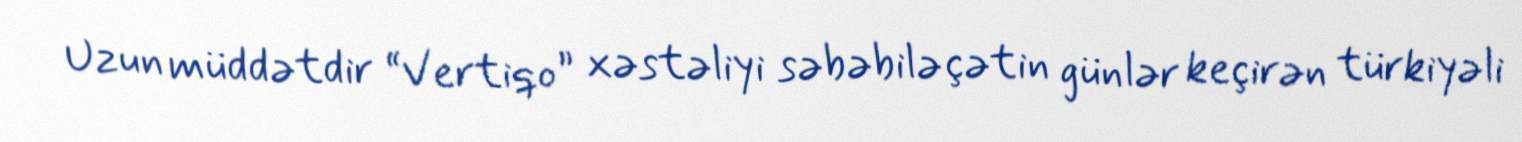
Uzun müddətdir “Vertiqo” xəstəliyi səbəbilə çətin günlər keçirən türkiyəli